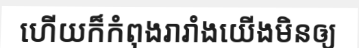
ហើយក៏កំពុងរារាំងយើងមិនឲ្យ